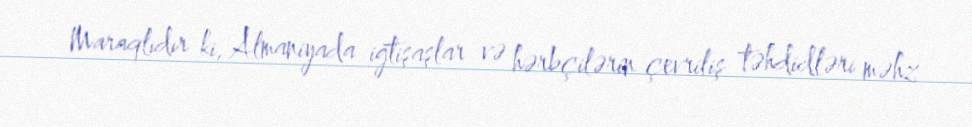
Maraqlıdır ki, Almaniyada iğtişaşlar və hərbçilərin çevriliş təhdidləri məhz